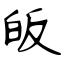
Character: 皈